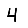
Digit: 4